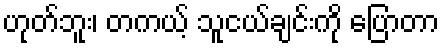
ဟုတ်ဘူး၊ တကယ့် သူငယ်ချင်းကို ပြောတာ